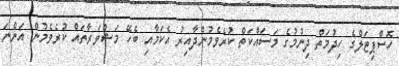
ހޮސްޕިޓަލްގެ ހިދުމަތް ދިނުމުގެ މަސައްކަތް ކުރެވެމުންދާއިރު އެކަމާއި ބެހޭ މަޝްވަރާތައް ކުރެވެމުން އަންނަ